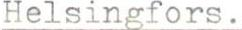
Helsingfors.